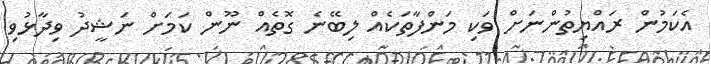
އެކަމުން ރައްޔިތުންނަށް ވަކި މަންފާތަކެއް ލިބޭނެ ގޮތެއް ނޫން ކަމަށް ނަޝީދު ވިދާޅުވި